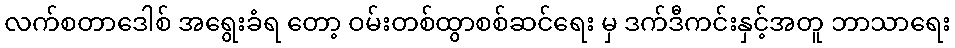
လက်စတာဒေါစ် အရွေးခံရ တော့ ဝမ်းတစ်ထွာစစ်ဆင်ရေး မှ ဒက်ဒီကင်းနှင့်အတူ ဘာသာရေး